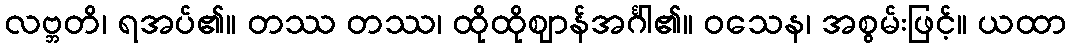
လဗ္ဘတိ၊ ရအပ်၏။ တဿ တဿ၊ ထိုထိုဈာန်အင်္ဂါ၏။ ဝသေန၊ အစွမ်းဖြင့်။ ယထာ